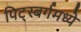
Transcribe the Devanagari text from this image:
पिट्स्बर्गमध्ये